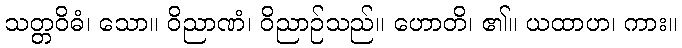
သတ္တဝိဓံ၊ သော။ ဝိညာဏံ၊ ဝိညာဉ်သည်။ ဟောတိ၊ ၏။ ယထာဟ၊ ကား။